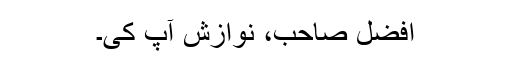
افضل صاحب، نوازش آپ کی۔